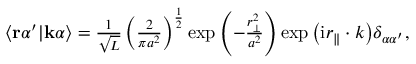
\begin{array} { r } { \langle \mathbf { r } \alpha ^ { \prime } | \mathbf { k } \alpha \rangle = \frac { 1 } { \sqrt { L } } \left( \frac { 2 } { \pi a ^ { 2 } } \right) ^ { \frac { 1 } { 2 } } \exp { \left( - \frac { r _ { \perp } ^ { 2 } } { a ^ { 2 } } \right) } \exp { \left( \mathrm { i } r _ { \parallel } \cdot k \right) } \delta _ { \alpha \alpha ^ { \prime } } , } \end{array}